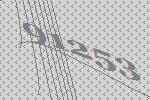
91253